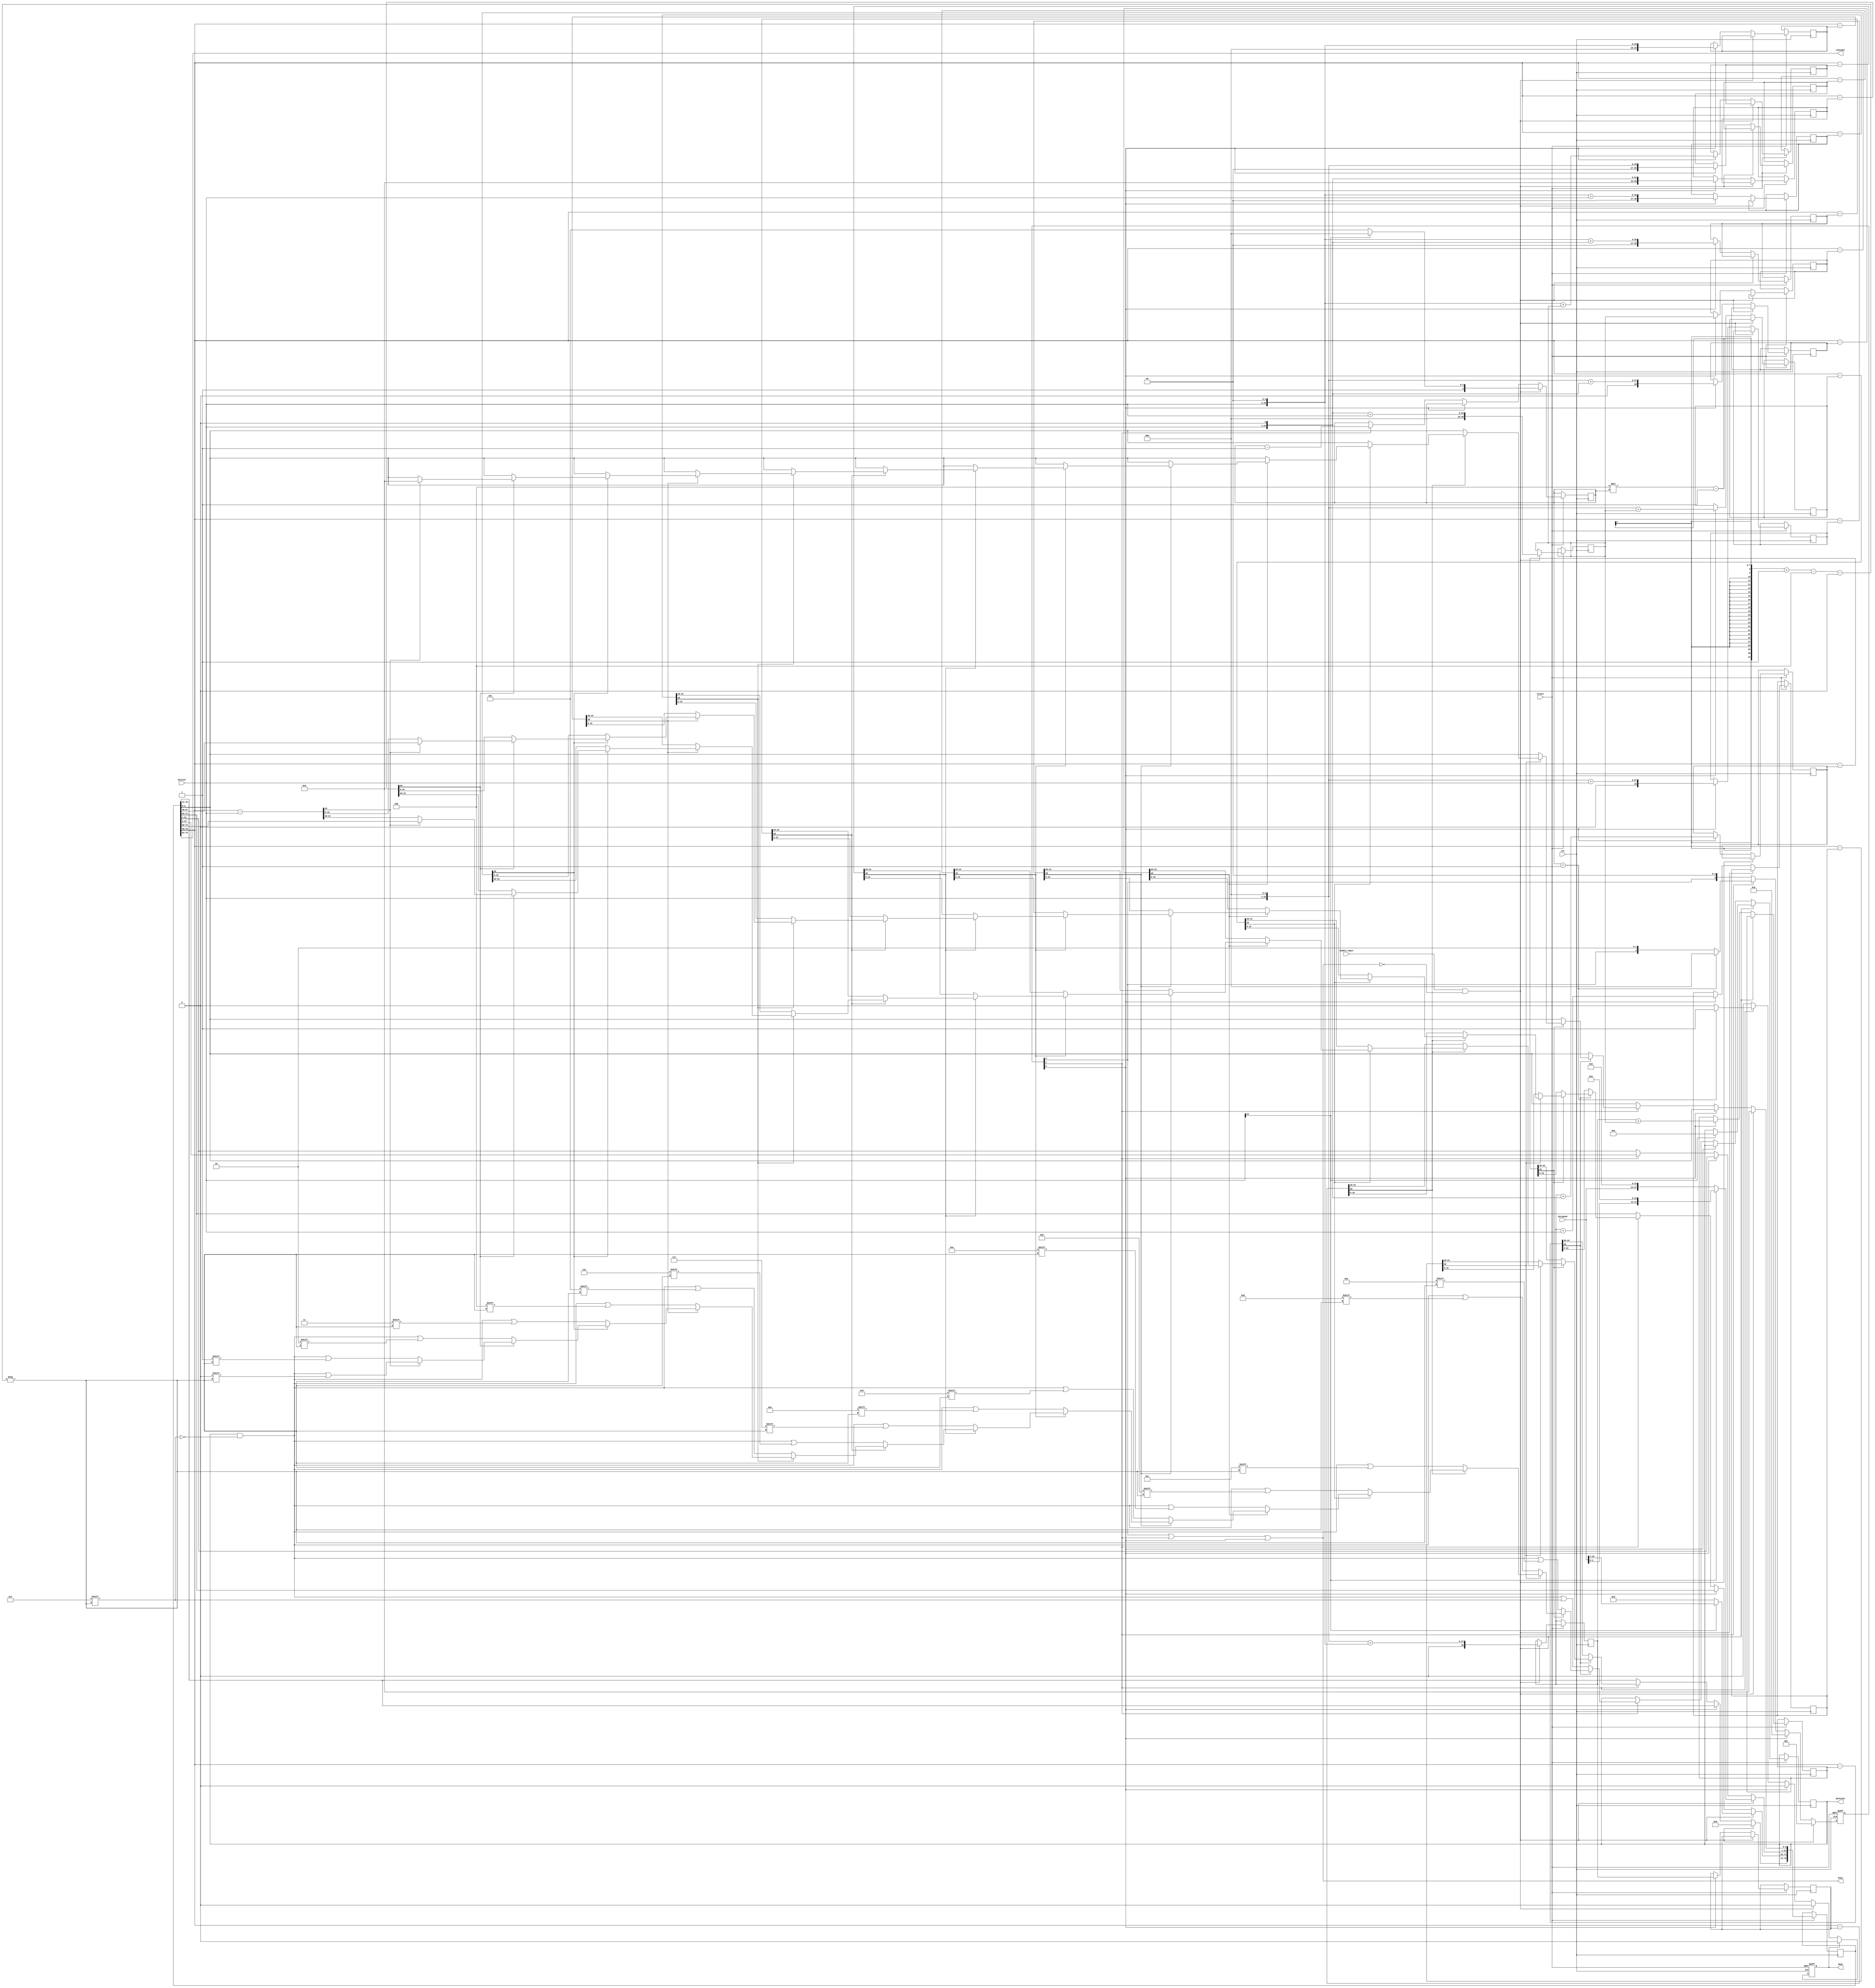
`timescale 1ns / 1ps
//////////////////////////////////////////////////////////////////////////////////
// Company: 
// Engineer: 
// 
// Design Name: 
// Module Name: Radix-16_Divider_uint
// Project Name: 
// Target Devices: 
// Tool Versions: 
// Description: 
// 
// Dependencies: 
// 
// Revision:
// Revision 0.01 - File Created
// Additional Comments:
// 
//////////////////////////////////////////////////////////////////////////////////


module radix_16_divider_uint(
        input clk,
        input nreset,
        input enable_input,
        input [23 : 0] dividend,
        input [23 : 0] divisor,
        output [51 : 0] quotient,
        output [23 : 0] reminder,
        output reg done,
        output busy
        );
     
    parameter D_END_W = 52; 
    parameter D_OR_W = 24;
    parameter REM_W = D_OR_W + D_END_W + 1;
        
    reg [2 : 0] ctrl;
    
    reg [3 : 0] it;
    reg [REM_W - 1: 0] reminder_reg;
    reg [D_END_W - 1 : 0] quot;
    
    reg [D_OR_W + 4 : 0] dor1dor;
    reg [D_OR_W + 4 : 0] dor3dor2;
    
    reg [D_OR_W + 4 : 0] dor[1 : 14]; 
    wire [D_OR_W + 4 : 0] dor0;
    wire [D_OR_W + 4 : 0] s[0 : 14];

    generate genvar i;
        for(i=1; i<15; i=i+1) begin 
            assign s[i] = (reminder_reg[REM_W - 1 : D_END_W - 4] - dor[i]);
        end                                                   
    endgenerate
    
    assign s[0] = (reminder_reg[REM_W - 1 : D_END_W - 4] - dor0);
    assign dor0 = {5'd0, divisor};
    assign busy = ctrl[2] || ctrl[1] || ctrl[0];
    assign quotient = quot;
    assign reminder = reminder_reg[REM_W - 2 : D_END_W];
    
    always @(posedge clk, negedge nreset) begin
        if(!nreset) begin
            ctrl <= 3'd0;
            done <= 1'b0;
        end
        else begin 
            if(enable_input && !busy) begin
                if(divisor[23]) begin
                    reminder_reg[REM_W - 1 : 72] <= 5'd0; 
                    reminder_reg[71 : 0] <= {dividend, 48'b0};
                    it <= 4'd8;
                    quot <= 52'd0;
                end else begin
                    reminder_reg[REM_W - 1 : D_END_W] <= 25'd0; 
                    reminder_reg[D_END_W - 1 : 0] <= {dividend, 28'b0};
                    it <= 4'd13;
                    end
                dor1dor <= (dor0 << 1) + dor0;
                dor3dor2 <= (dor0 << 3) + (dor0 << 2);
            
                ctrl <= 3'b001;
            end
            else if(ctrl[0]) begin
                ctrl <= 3'b010;
                dor[1] <= dor0 << 1;
                dor[2] <= dor1dor;
                dor[3] <= (dor0 << 2);
                dor[4] <= (dor0 << 2) + dor0;
                dor[5] <= (dor0 << 2) + (dor0 << 1);
                dor[6] <= (dor0 << 2) + dor1dor;
                dor[7] <= (dor0 << 3);
                dor[8] <= (dor0 << 3) + dor0;
                dor[9] <= (dor0 << 3) + (dor0 << 1);
                dor[10] <= (dor0 << 3) + dor1dor;
                dor[11] <= dor3dor2;
                dor[12] <= dor3dor2 + dor0;
                dor[13] <= dor3dor2 + (dor0 << 1);
                dor[14] <= dor3dor2 + dor1dor; 
            end
           
            else if(ctrl[1]) begin
                if(it == 4'b0001) begin
                    ctrl <= 3'b000;
                    done <= 1'b1;
                end
                it <= it - 1;
    
                if(s[14][D_OR_W + 4] == 0) begin
                    reminder_reg[REM_W - 1 : D_END_W] <= s[14][D_OR_W : 0];
                    reminder_reg[D_END_W - 1 : 4] <= reminder_reg[D_END_W - 5 : 0];
                    quot[(4*it) - 1 -: 4] <= 4'b1111;
                end
                else if(s[13][D_OR_W + 4] == 0) begin
                    reminder_reg[REM_W - 1 : D_END_W] <= s[13][D_OR_W : 0]; 
                    reminder_reg[D_END_W - 1 : 4] <= reminder_reg[D_END_W - 5 : 0];
                    quot[(4*it) - 1 -: 4] <= 4'b1110;
                end
                else if(s[12][D_OR_W + 4] == 0) begin
                    reminder_reg[REM_W - 1 : D_END_W] <= s[12][D_OR_W : 0];  
                    reminder_reg[D_END_W - 1 : 4] <= reminder_reg[D_END_W - 5 : 0];
                    quot[(4*it) - 1 -: 4] <= 4'b1101; 
                end
                else if(s[11][D_OR_W + 4] == 0) begin
                    reminder_reg[REM_W - 1 : D_END_W] <= s[11][D_OR_W : 0];  
                    reminder_reg[D_END_W - 1 : 4] <= reminder_reg[D_END_W - 5 : 0];
                    quot[(4*it) - 1 -: 4] <= 4'b1100;
                end
                else if(s[10][D_OR_W + 4] == 0) begin
                    reminder_reg[REM_W - 1 : D_END_W] <= s[10][D_OR_W : 0];  
                    reminder_reg[D_END_W - 1 : 4] <= reminder_reg[D_END_W - 5 : 0];
                    quot[(4*it) - 1 -: 4] <= 4'b1011; 
                end
                else if(s[9][D_OR_W + 4] == 0) begin
                    reminder_reg[REM_W - 1 : D_END_W] <= s[9][D_OR_W : 0];  
                    reminder_reg[D_END_W - 1 : 4] <= reminder_reg[D_END_W - 5 : 0];
                    quot[(4*it) - 1 -: 4] <= 4'b1010;
                     
                end
                else if(s[8][D_OR_W + 4] == 0) begin
                    reminder_reg[REM_W - 1 : D_END_W] <= s[8][D_OR_W : 0];  
                    reminder_reg[D_END_W - 1 : 4] <= reminder_reg[D_END_W - 5 : 0];
                    quot[(4*it) - 1 -: 4] <= 4'b1001; 
                end
                else if(s[7][D_OR_W + 4] == 0) begin
                    reminder_reg[REM_W - 1 : D_END_W] <= s[7][D_OR_W : 0];  
                    reminder_reg[D_END_W - 1 : 4] <= reminder_reg[D_END_W - 5 : 0];
                    quot[(4*it) - 1 -: 4] <= 4'b1000; 
                end
                else if(s[6][D_OR_W + 4] == 0) begin
                    reminder_reg[REM_W - 1 : D_END_W] <= s[6][D_OR_W : 0];  
                    reminder_reg[D_END_W - 1 : 4] <= reminder_reg[D_END_W - 5 : 0];
                    quot[(4*it) - 1 -: 4] <= 4'b0111; 
                end
                else if(s[5][D_OR_W + 4] == 0) begin
                    reminder_reg[REM_W - 1 : D_END_W] <= s[5][D_OR_W : 0];  
                    reminder_reg[D_END_W - 1 : 4] <= reminder_reg[D_END_W - 5 : 0];
                    quot[(4*it) - 1 -: 4] <= 4'b0110; 
                end
                else if(s[4][D_OR_W + 4] == 0) begin
                    reminder_reg[REM_W - 1 : D_END_W] <= s[4][D_OR_W : 0];  
                    reminder_reg[D_END_W - 1 : 4] <= reminder_reg[D_END_W - 5 : 0];
                    quot[(4*it) - 1 -: 4] <= 4'b0101; 
                end
                else if(s[3][D_OR_W + 4] == 0) begin
                    reminder_reg[REM_W - 1 : D_END_W] <= s[3][D_OR_W : 0];  
                    reminder_reg[D_END_W - 1 : 4] <= reminder_reg[D_END_W - 5 : 0];
                    quot[(4*it) - 1 -: 4] <= 4'b0100; 
                end
                else if(s[2][D_OR_W + 4] == 0) begin
                    reminder_reg[REM_W - 1 : D_END_W] <= s[2][D_OR_W : 0];  
                    reminder_reg[D_END_W - 1 : 4] <= reminder_reg[D_END_W - 5 : 0];
                    quot[(4*it) - 1 -: 4] <= 4'b0011; 
                end
                else if(s[1][D_OR_W + 4] == 0) begin
                    reminder_reg[REM_W - 1 : D_END_W] <= s[1][D_OR_W : 0];  
                    reminder_reg[D_END_W - 1 : 4] <= reminder_reg[D_END_W - 5 : 0];
                    quot[(4*it) - 1 -: 4] <= 4'b0010; 
                end
                else if(s[0][D_OR_W + 4] == 0) begin
                    reminder_reg[REM_W - 1 : D_END_W] <= s[0][D_OR_W : 0];  
                    reminder_reg[D_END_W - 1 : 4] <= reminder_reg[D_END_W - 5 : 0];
                    quot[(4*it) - 1 -: 4] <= 4'b0001; 
                end else begin
                        reminder_reg <= reminder_reg << 4;
                        quot[(4*it) - 1 -: 4] <= 4'b0000;
                end
            end
            if(done)
                done <= 1'b0;
        end    
    end
endmodule